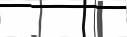
-